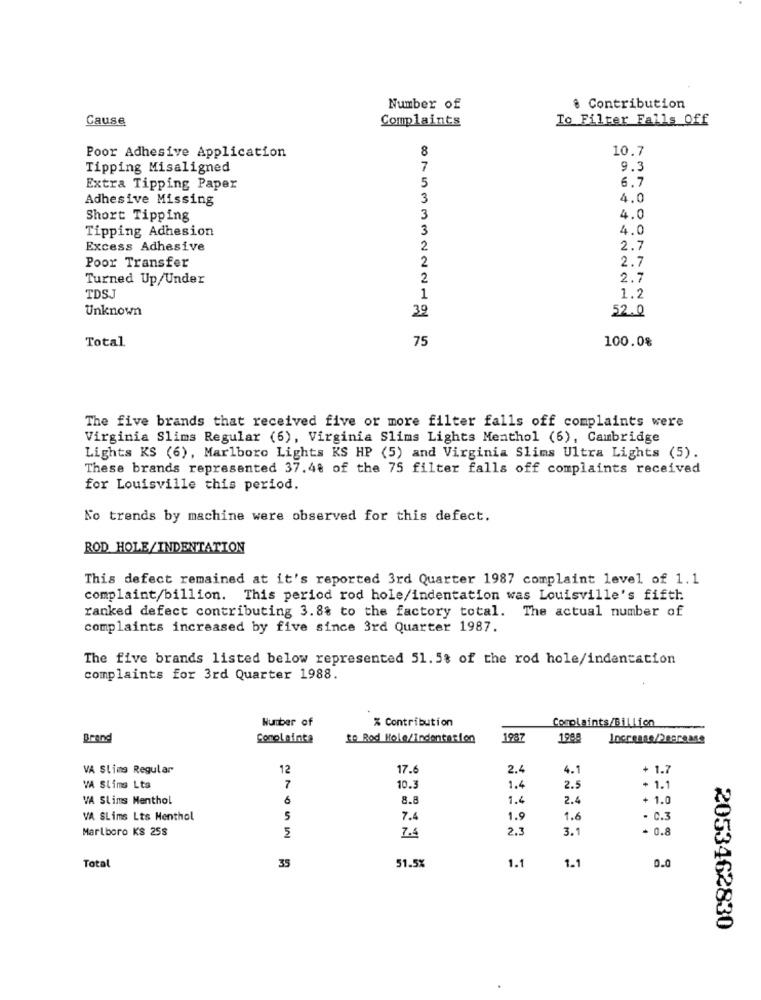
Number of
8 Contribution
Cause
Complaints
To Filter Falls Off
8
10.7
Poor Adhesive Application
Tipping Misaligned
7
9.3
5
6.7
Extra Tipping Paper
Adhesive Missing
3
4.0
Short Tipping
3
4.0
Tipping Adhesion
3
4.0
Excess Adhesive
2
2.7
2.7
Poor Transfer
2
Turned Up/Under
2
2.7
TDS
1
1.2
Unknown
39
52.0
Total
75
100.0%
The five brands that received five or more filter falls off complaints were
Virginia Slims Regular (6), Virginia Slims Lights Menthol (6), Cambridge
Lights KS (6), Marlboro Lights KS HP (5) and Virginia Slims Ultra Lights (5).
These brands represented 37.48 of the 75 filter falls off complaints received
for Louisville this period.
No trends by machine were observed for this defect.
ROD HOLE/INDENTATION
This defect remained at it's reported 3rd Quarter 1987 complaint level of 1.1
complaint/billion. This period rod hole/indentation was Louisville's fifth
ranked defect contributing 3.8% to the factory total. The actual number of
complaints increased by five since 3rd Quarter 1987.
The five brands listed below represented 51.5% of the rod hole/indentation
complaints for 3rd Quarter 1988.
Number of
% Contribution
Complaints/Billion
Brand
Comolainte
to Rod Hole/Indentation
1987
198
VA Slims Regular
12
17.6
2.4
4.1
+ 1.7
VA Slims Lta
7
10.3
1.4
2.5
+ 1.1
VA Slims Menthol
6
8.8
1.4
2.4
+ 1.0
VA SLims Lts Menthol
5
7.4
1.9
1.6
- C.3
Marlboro KS 258
7.4
2.3
3.1
+ 0.8
IN
1.1
1.1
0.0
Total
35
51.5%
2053462830